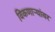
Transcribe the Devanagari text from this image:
विकणाऱ्यांवर